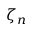
\zeta _ { n }